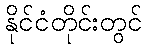
နိုင်ငံတိုင်းတွင်